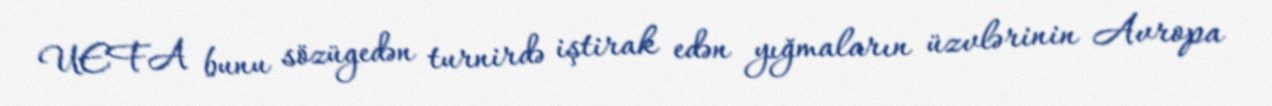
UEFA bunu sözügedən turnirdə iştirak edən yığmaların üzvlərinin Avropa